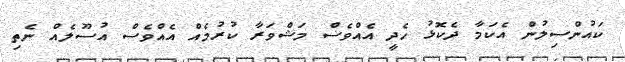
ކައުންސިލުން އެކަމާ ދެކޮޅު ހެދީ އެއްވެސް މަޝްވަރާ ކުރުމެއް އެއްވެސް އުސޫލެއް ނެތި